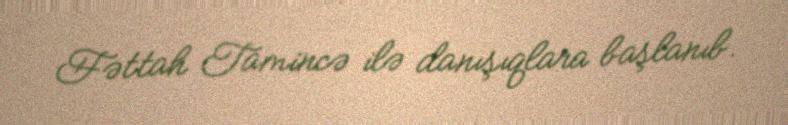
Fəttah Tamincə ilə danışıqlara başlanıb.